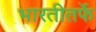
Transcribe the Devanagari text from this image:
भारतीतर्फे